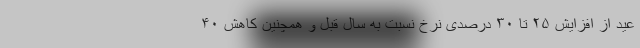
عید از افزایش ۲۵ تا ۳۰ درصدی نرخ نسبت به سال قبل و همچنین کاهش ۴۰